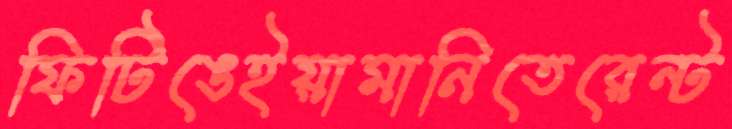
ফিটিঙেইয়ামানিতেরেন্ট